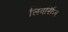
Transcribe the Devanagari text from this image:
लिवर्सिज